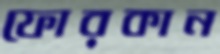
ফোরকান